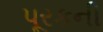
પૂરકની